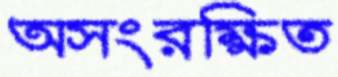
অসংরক্ষিত